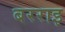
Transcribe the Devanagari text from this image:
बरराइ